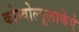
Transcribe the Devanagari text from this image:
कोन्वोल्वूलाकेऐ